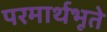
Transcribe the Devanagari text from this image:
परमार्थभूते